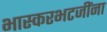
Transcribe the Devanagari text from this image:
भास्करभटजींना